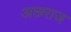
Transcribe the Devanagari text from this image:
अछराज